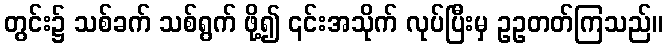
တွင်း၌ သစ်ခက် သစ်ရွက် ဖို့၍ ၎င်းအသိုက် လုပ်ပြီးမှ ဥဥတတ်ကြသည်။